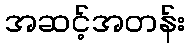
အဆင့်အတန်း